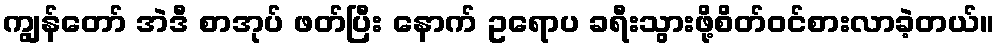
ကျွန်တော် အဲဒီ စာအုပ် ဖတ်ပြီး နောက် ဥရောပ ခရီးသွားဖို့စိတ်ဝင်စားလာခဲ့တယ်။